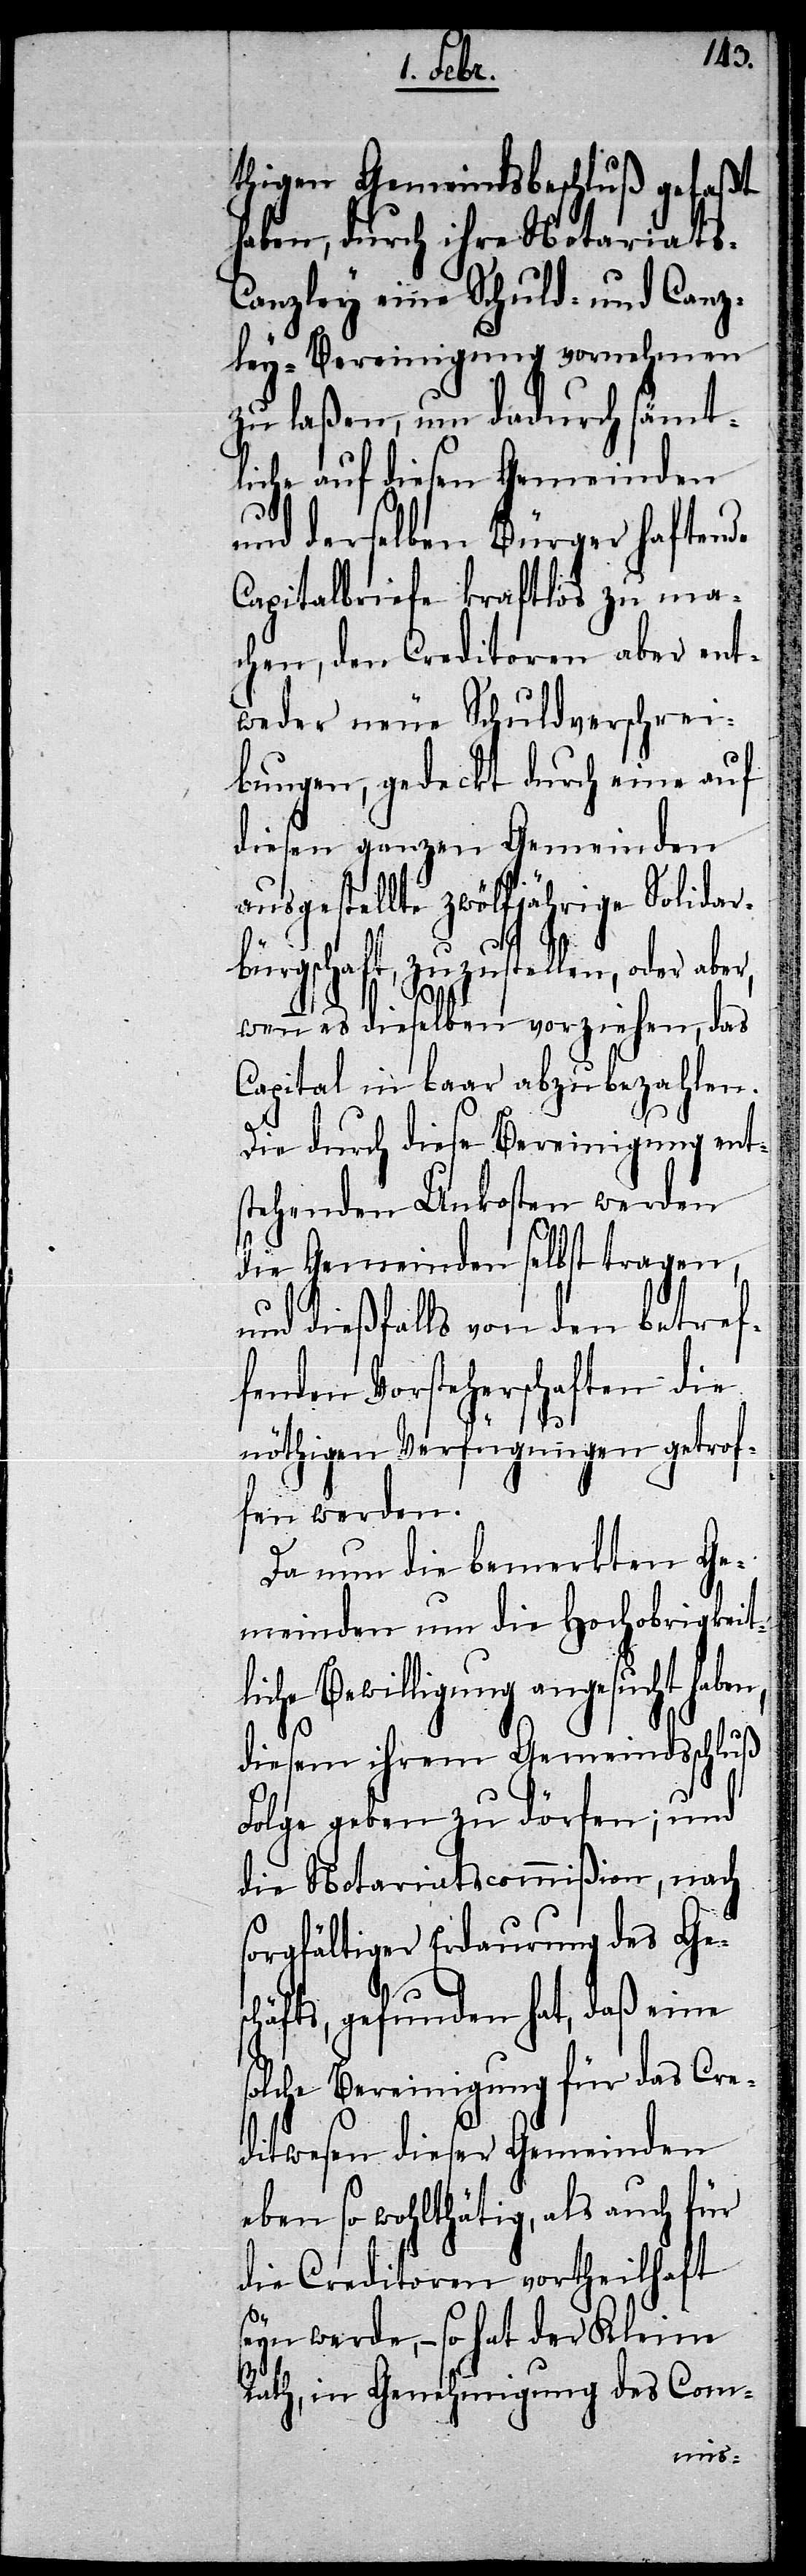
thigen Gemeindsbeschluß gefaßt
haben, durch ihre Notariats-C¬
anzley eine Schuld- und Canz¬
ley-Bereinigung vornehmen
zu laßen, um dadurch sämt¬
liche auf diesen Gemeinden
und derselben Bürger haftende
Capitalbriefe kraftlos zu ma¬
chen, den Creditoren aber ent¬
weder neue Schuldverschrei¬
bungen, gedeckt durch eine auf
diesen ganzen Gemeinden
ausgestellte zwölfjährige Solidar¬
bürgschaft, zuzustellen, oder aber,
wenn es dieselben vorziehen, das
Capital in baar abzubezahlen.
Die durch diese Bereinigung ent¬
stehenden Unkosten werden
die Gemeinden selbst tragen,
und dießfalls von den betref¬
fenden Vorsteherschaften die
nöthigen Verfügungen getrof¬
fen werden.
Da nun die bemerkten Ge¬
meinden um die Hochobrigkeit¬
liche Bewilligung angesucht haben,
diesem ihrem Gemeindsschluß
Folge geben zu dörfen; und
die Notariatscommißion, nach
sorgfältiger Erdaurung des Ges¬
chäfts, gefunden hat, daß eine
olche Bereinigung für das Cre¬
ditwesen dieser Gemeinden
eben so wohlthätig, als auch für
die Creditoren vortheilhaft
seyn werde, – so hat der Kleine
Rath, in Genehmigung des Com-
s¬